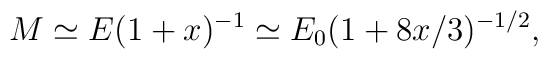
M \simeq E(1+x)^{-1} \simeq E_0(1+8x/3)^{-1/2},